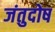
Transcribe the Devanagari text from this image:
जंतुदोष